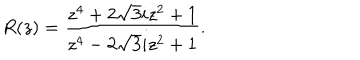
R ( z ) = \frac { z ^ { 4 } + 2 \sqrt { 3 } i z ^ { 2 } + 1 } { z ^ { 4 } - 2 \sqrt { 3 } i z ^ { 2 } + 1 } .